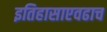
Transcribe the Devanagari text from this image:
इतिहासाएवढाच